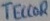
Text: TECCOR